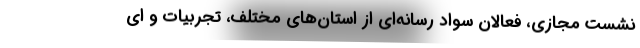
نشست مجازی، فعالان سواد رسانه‌ای از استان‌های مختلف، تجربیات و ای